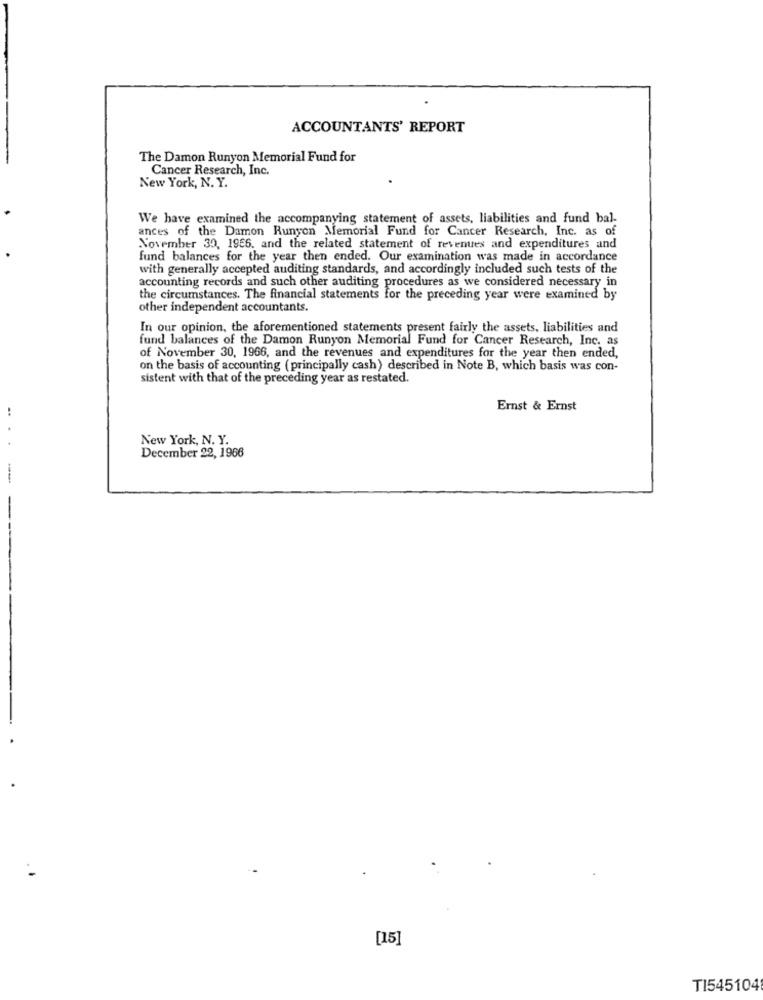
ACCOUNTANTS' REPORT
The Damon Runyon Memorial Fund for
Cancer Research, Inc.
New York, N. Y.
We have examined the accompanying statement of assets, liabilities and fund bal-
ances of the Damon Runyon Memorial Fund for Cancer Research, Inc. as of
November 30, 1966. and the related statement of revenues and expenditures and
fund balances for the year then ended. Our examination was made in accordance
with generally accepted auditing standards, and accordingly included such tests of the
accounting records and such other auditing procedures as we considered necessary in
the circumstances. The financial statements for the preceding year were examined by
other independent accountants.
In our opinion, the aforementioned statements present fairly the assets, liabilities and
fund balances of the Damon Runyon Memorial Fund for Cancer Research, Inc. as
of November 30, 1966, and the revenues and expenditures for the year then ended,
on the basis of accounting ( principally cash) described in Note B, which basis was con-
sistent with that of the preceding year as restated.
Ernst & Ernst
New York, N. Y.
.. . .
December 22, 1966
[15]
TI545104